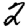
Digit: 2